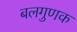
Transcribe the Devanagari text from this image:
बलगुणक